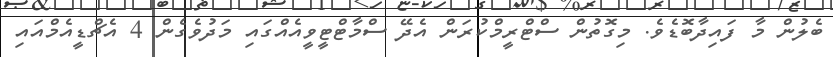
ބެލުން މާ ފައިދާބޮޑެވެ. މިގޮތުން ސްޓްރީމްކުރަން އެދޭ ސްމާޓްޓީވީއެއްގައި މަދުވެގެން 4 އެޗްޑީއެމްއައި